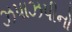
ઝપાઝપીનો